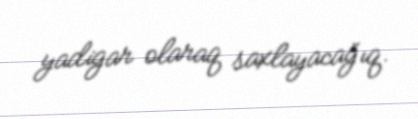
yadigar olaraq saxlayacağıq.